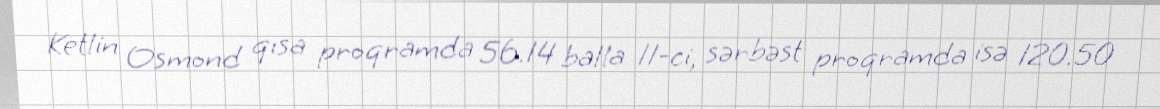
Ketlin Osmond qısa proqramda 56.14 balla 11-ci, sərbəst proqramda isə 120.50